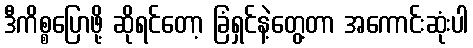
ဒီကိစ္စပြောဖို့ ဆိုရင်တော့ ခြံရှင်နဲ့တွေ့တာ အကောင်းဆုံးပါ